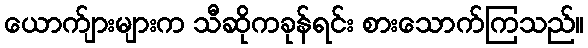
ယောက်ျားများက သီဆိုကခုန်ရင်း စားသောက်ကြသည်။